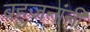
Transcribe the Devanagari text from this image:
बहुजनांनी